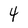
Character: 4